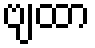
ဗျထာ